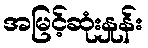
အမြင့်ဆုံးနှုန်း